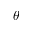
\theta